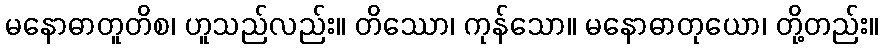
မနောဓာတူတိစ၊ ဟူသည်လည်း။ တိဿော၊ ကုန်သော။ မနောဓာတုယော၊ တို့တည်း။